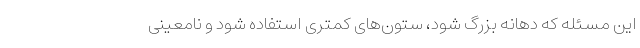
این مسئله که دهانه بزرگ شود، ستون‌های کمتری استفاده شود و نامعینی